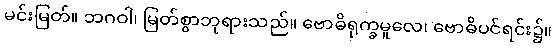
မင်းမြတ်။ ဘဂဝါ၊ မြတ်စွာဘုရားသည်။ ဗောဓိရုက္ခမူလေ၊ ဗောဓိပင်ရင်း၌။